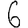
Digit: 6